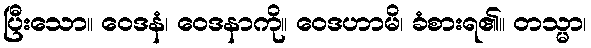
ပြီးသော။ ဝေဒနံ၊ ဝေဒနာကို။ ဝေဒဟာမိ၊ ခံစားရ၏။ တသ္မာ၊